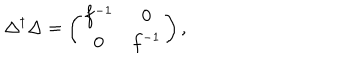
LaTeX: \Delta ^ { \dagger } \Delta = \left( \begin{matrix} { { f ^ { - 1 } } } & { { 0 } } \\ { { 0 } } & { { f ^ { - 1 } } } \\ \end{matrix} \right) ,